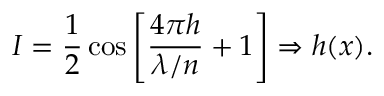
I = \frac { 1 } { 2 } \cos { \left[ \frac { 4 \pi h } { \lambda / n } + 1 \right] } \Rightarrow h ( x ) .